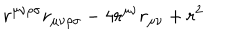
LaTeX: r ^ { \mu \nu \rho \sigma } r _ { \mu \nu \rho \sigma } - 4 r ^ { \mu \nu } r _ { \mu \nu } + r ^ { 2 }